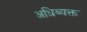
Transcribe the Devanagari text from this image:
अधिव्यक्त